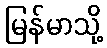
မြန်မာသို့